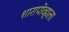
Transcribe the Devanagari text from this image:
शारापोव्हाला